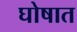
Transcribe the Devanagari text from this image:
घोषात